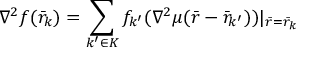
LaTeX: \nabla ^ { 2 } f ( { \bar { r } } _ { k } ) = \sum _ { k ^ { \prime } \in K } f _ { k ^ { \prime } } ( \nabla ^ { 2 } \mu ( { \bar { r } } - { \bar { r } } _ { k ^ { \prime } } ) ) | _ { { \bar { r } } = { \bar { r } } _ { k } }